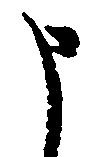
申